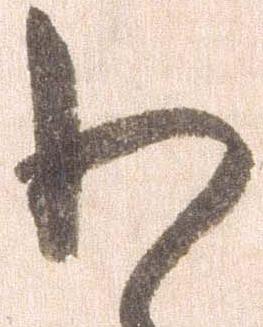
わ